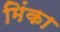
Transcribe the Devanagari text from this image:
मिंका